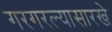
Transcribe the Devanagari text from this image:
गरगरल्यासारखे